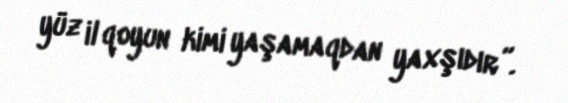
yüz il qoyun kimi yaşamaqdan yaxşıdır”.